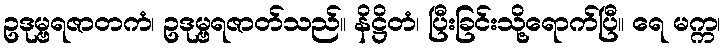
ဥဒုမ္ဗရဇာတကံ၊ ဥဒုမ္ဗရဇာတ်သည်။ နိဋ္ဌိတံ၊ ပြီးခြင်းသို့ရောက်ပြီ။ ရေ မက္က၊